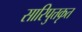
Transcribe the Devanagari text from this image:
सारिपुत्तकृत